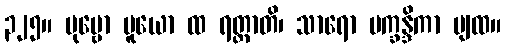
၃၂၅။ ပုဗ္ဗော ပူယော ထ ရတ္တာတိ၊ သာရော ပက္ခန္ဒိကာ ပျထ။